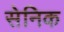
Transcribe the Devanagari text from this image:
सेनिक